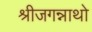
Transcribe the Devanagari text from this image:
श्रीजगन्नाथो